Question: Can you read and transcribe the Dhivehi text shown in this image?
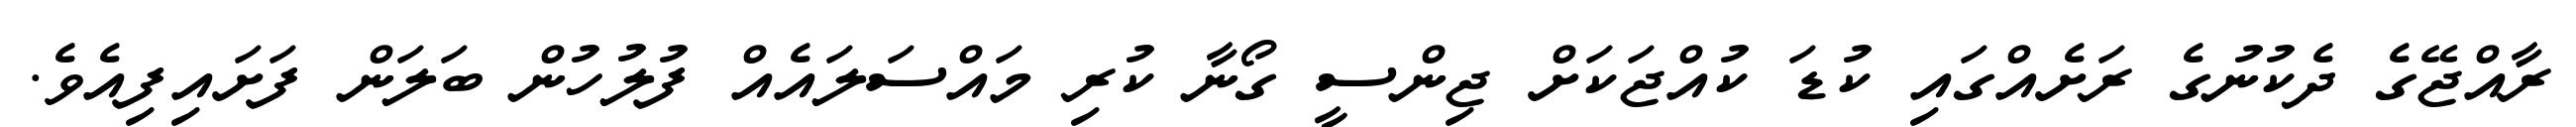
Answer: ރާއްޖޭގެ ދެކުނުގެ ރަށެއްގައި ކުޑަ ކުއްޖަކަށް ޖިންސީ ގޯނާ ކުރި މައްސަލައެއް ފުލުހުން ބަލަން ފަށައިފިއެވެ.